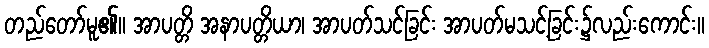
တည်တော်မူ၏။ အာပတ္တိ အနာပတ္တိယာ၊ အာပတ်သင်ခြင်း အာပတ်မသင့်ခြင်း၌လည်းကောင်း။